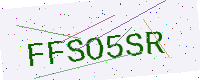
Text: FFSO5SR